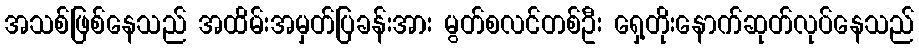
အသစ်ဖြစ်နေသည် အထိမ်းအမှတ်ပြခန်းအား မွတ်စလင်တစ်ဦး ရှေ့တိုးနောက်ဆုတ်လုပ်နေသည်